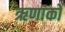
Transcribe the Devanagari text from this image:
ऋणांकों